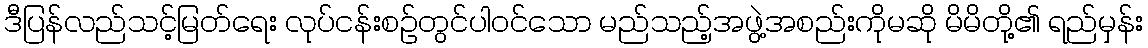
ဒီပြန်လည်သင့်မြတ်ရေး လုပ်ငန်းစဉ်တွင်ပါဝင်သော မည်သည့်အဖွဲ့အစည်းကိုမဆို မိမိတို့၏ ရည်မှန်း